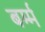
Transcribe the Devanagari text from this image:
बर्म्म